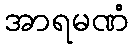
အာရမဏံ